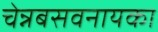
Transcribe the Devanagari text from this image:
चेन्नबसवनायका